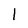
Character: l